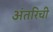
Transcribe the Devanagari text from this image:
अंतरिची